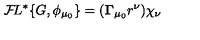
{ \cal F } \! L ^ { * } \{ G , \phi _ { \mu _ { 0 } } \} = ( { \bf \Gamma } _ { \mu _ { 0 } } r ^ { \nu } ) \chi _ { \nu }